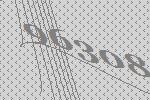
96308